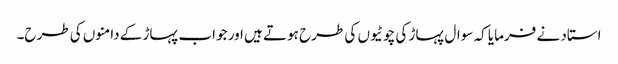
استاد نے فرمایا کہ سوال پہاڑ کی چوٹیوں کی طرح ہوتے ہیں اور جواب پہاڑ کے دامنوں کی طرح۔